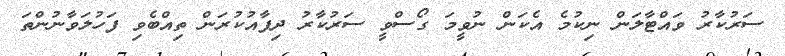
ސަރުކާރު ވައްޓާލަން ނިކުމެ އެކަން ނުވީމަ ގޯސްވީ ސަރުކާރު ދިފާއުކުރަން ތިއްބެވި ފަހުލަވާނުންތަ